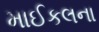
માઈકલના